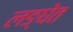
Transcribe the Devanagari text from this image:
लङ्घेत